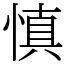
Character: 慎